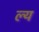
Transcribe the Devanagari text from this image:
ल्य